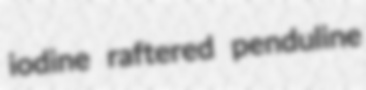
iodine raftered penduline